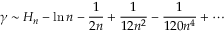
\gamma \sim H _ { n } - \ln n - { \frac { 1 } { 2 n } } + { \frac { 1 } { 1 2 n ^ { 2 } } } - { \frac { 1 } { 1 2 0 n ^ { 4 } } } + \cdots